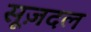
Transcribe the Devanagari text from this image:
सूज़दल